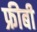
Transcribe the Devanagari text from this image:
फ्रीबी